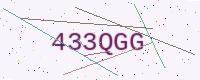
Text: 433QGG